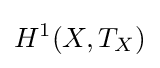
H^{1}(X,T_{X})